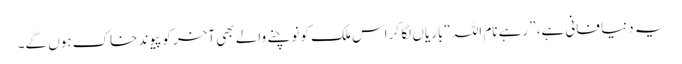
یہ دنیا فانی ہے، ”رہے نام اللہ “باریاں لگا کر اس ملک کو نوچنے والے بھی آخر کو پیوند خاک ہوں گے۔